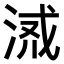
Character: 𣶔